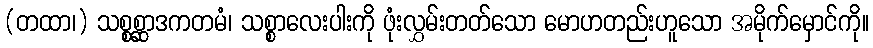
(တထာ၊) သစ္စစ္ဆာဒကတမံ၊ သစ္စာလေးပါးကို ဖုံးလွှမ်းတတ်သော မောဟတည်းဟူသော အမိုက်မှောင်ကို။